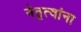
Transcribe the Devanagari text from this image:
नेतृत्वांना